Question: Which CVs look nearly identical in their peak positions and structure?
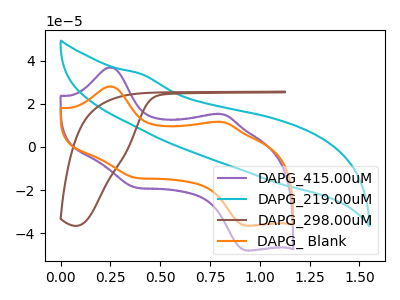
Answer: <think>The purple curve "DAPG_415.00uM" has anodic peaks at (0.25V, 36.90uA) (0.80V, 15.20uA) and cathodic peaks at (0.35V, -18.75uA) (0.95V, -48.00uA). The cyan curve "DAPG_219.00uM" has no peaks. The brown curve "DAPG_298.00uM" has no peaks. The orange curve "DAPG_ Blank" has anodic peaks at (0.25V, 28.05uA) (0.80V, 11.55uA) and cathodic peaks at (0.35V, -14.25uA) (0.95V, -36.50uA).
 "DAPG_415.00uM" and "DAPG_219.00uM" have a different number of peaks. "DAPG_415.00uM" and "DAPG_298.00uM" have a different number of peaks. All the peaks in "DAPG_415.00uM" have a peak in "DAPG_ Blank" at the same potential. Every peak in "DAPG_415.00uM" is higher than every peak in "DAPG_ Blank". Neither "DAPG_219.00uM" or "DAPG_298.00uM" have any peaks. "DAPG_219.00uM" and "DAPG_ Blank" have a different number of peaks. "DAPG_298.00uM" and "DAPG_ Blank" have a different number of peaks.</think>
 <answer>"DAPG_ Blank" and "DAPG_415.00uM" have the same shape and are likely CV's of the same chemical.</answer>
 <eval>"DAPG_ Blank" "DAPG_415.00uM"</eval>